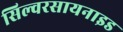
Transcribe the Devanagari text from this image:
सिल्वरसायनाइड